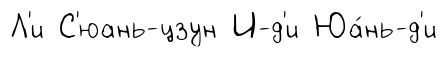
Л'и С'юань-цзун И-д'и Юа́нь-д'и